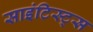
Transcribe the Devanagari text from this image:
साइंटिस्ट्स